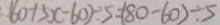
6 0 + 5 x - 6 0 ) \div 5 = ( 8 0 - 6 0 ) \div 5